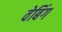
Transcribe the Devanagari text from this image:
वेबिंग